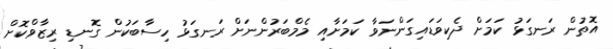
އޮތުން ރަނގަޅު ކަމަށް ދެކިވަޑައިގަންނަވާ ކަމަށާއި މެމްބަރުންނަށް ރަނގަޅު ހިސާބަކުން ގޮނޑި ރިޒާވްކޮށް